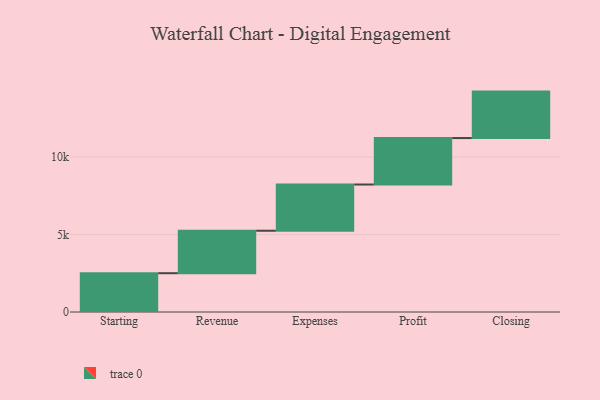
{"axis": {"x": "Step", "y": "Value"}, "legend": [""], "data": [{"x": "Starting", "y": 2505.0, "type": ""}, {"x": "Revenue", "y": 2743.0, "type": ""}, {"x": "Expenses", "y": 2985.0, "type": ""}, {"x": "Profit", "y": 3000, "type": ""}, {"x": "Closing", "y": 3000, "type": ""}]}